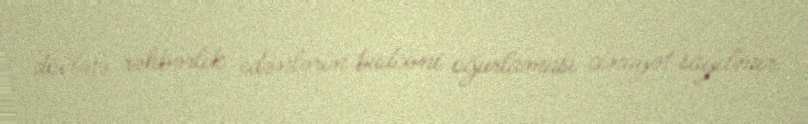
dövlətə rəhbərlik edənlərin büdcəni oğurlaması cinayət sayılmır.